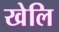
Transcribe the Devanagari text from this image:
खेलि